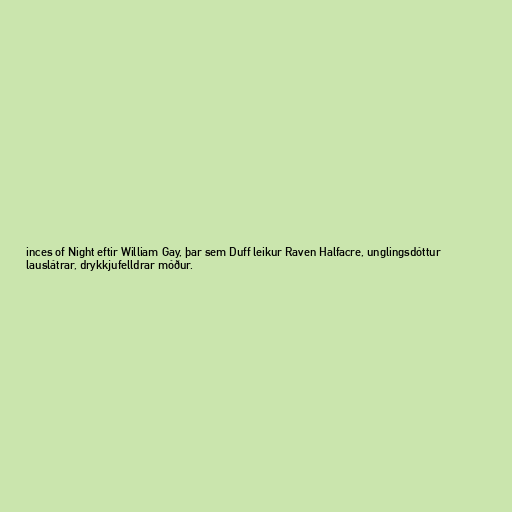
inces of Night eftir William Gay, þar sem Duff leikur Raven Halfacre, unglingsdóttur
lauslátrar, drykkjufelldrar móður.